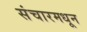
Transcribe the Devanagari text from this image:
संचारमधून